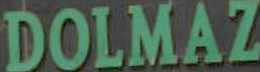
DOLMAZ